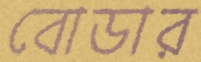
বোডার